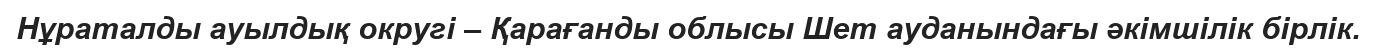
Нұраталды ауылдық округі – Қарағанды облысы Шет ауданындағы әкімшілік бірлік.